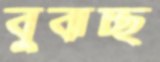
বুঝচ্ছ